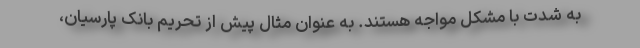
به شدت با مشکل مواجه هستند. به عنوان مثال پیش از تحریم بانک پارسیان،